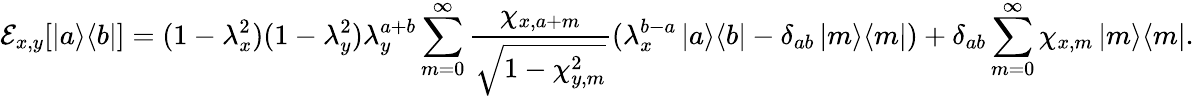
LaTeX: \mathcal{E}_{x,y}[\left|a\middle>\middle<b\right|]=(1-\lambda_{x}^{2})(1-\lambda_{y}^{2})\lambda_{y}^{a+b}\sum_{m=0}^{\infty}\frac{\chi_{x,a+m}}{\sqrt{1-\chi_{y,m}^{2}}}(\lambda_{x}^{b-a}\left|a\middle>\middle<b\right|-\delta_{ab}\left|m\middle>\middle<m\right|)+\delta_{ab}\sum_{m=0}^{\infty}\chi_{x,m}\left|m\middle>\middle<m\right|.